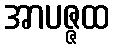
အာပဇ္ဇထ